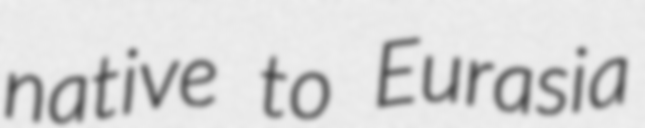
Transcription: native to Eurasia